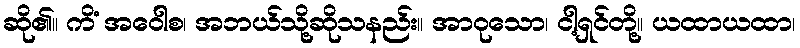
ဆို၏။ ကိံ အဝေါစ၊ အဘယ်သို့ဆိုသနည်း။ အာဝုသော၊ ငါ့ရှင်တို့။ ယထာယထာ၊